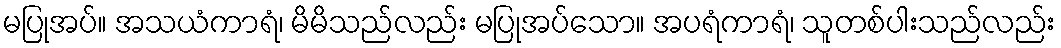
မပြုအပ်။ အသယံကာရံ၊ မိမိသည်လည်း မပြုအပ်သော။ အပရံကာရံ၊ သူတစ်ပါးသည်လည်း